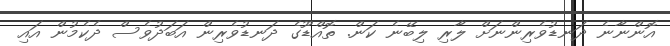
އޮންނާނެ ދަނޑުވެރިންނަށް ލާރި ލިބޭނެ ކަން. ތޮއްޑޫގެ ދަނޑުވެރިން އަބަދުވެސް ދެކެމުން އައި